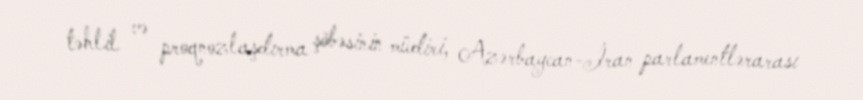
təhlil və proqnozlaşdırma şöbəsinin müdiri, Azərbaycan-İran parlamentlərarası